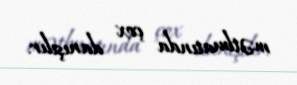
mətbuatında çox danışılır.